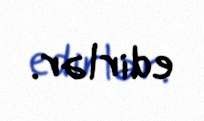
edirlər.